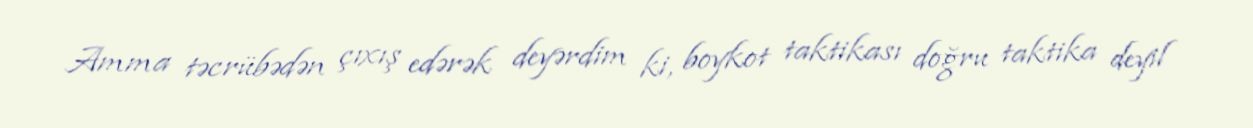
Amma təcrübədən çıxış edərək deyərdim ki, boykot taktikası doğru taktika deyil